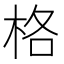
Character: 格